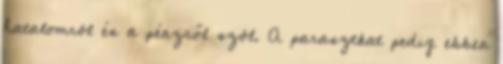
hatalomról és a pénzről szól. A parasztkat pedig ebben